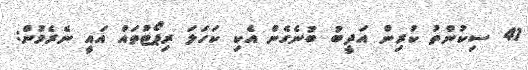
41 ސިކުންތު ކުރިން އަދީބު ބުނެގެން އެކި ކަހަލަ ރިޕޯޓުތައް އައީ ނެރެމުން: